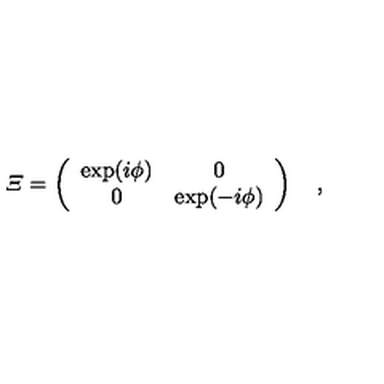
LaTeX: { \mit \Xi } = \left( \begin{array} { c c } { \exp ( i \phi ) } & { 0 } \\ { 0 } & { \exp ( - i \phi ) } \\ \end{array} \right) \quad ,